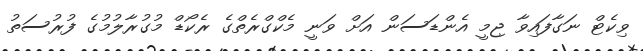
ވިކެޓް ނަގާފައިވާ ޖިމީ އެންޑަސަން އަށް ވަނީ މެކްގްރެތްގެ ރެކޯޑް މުގުރާލުމުގެ ފުރުސަތު